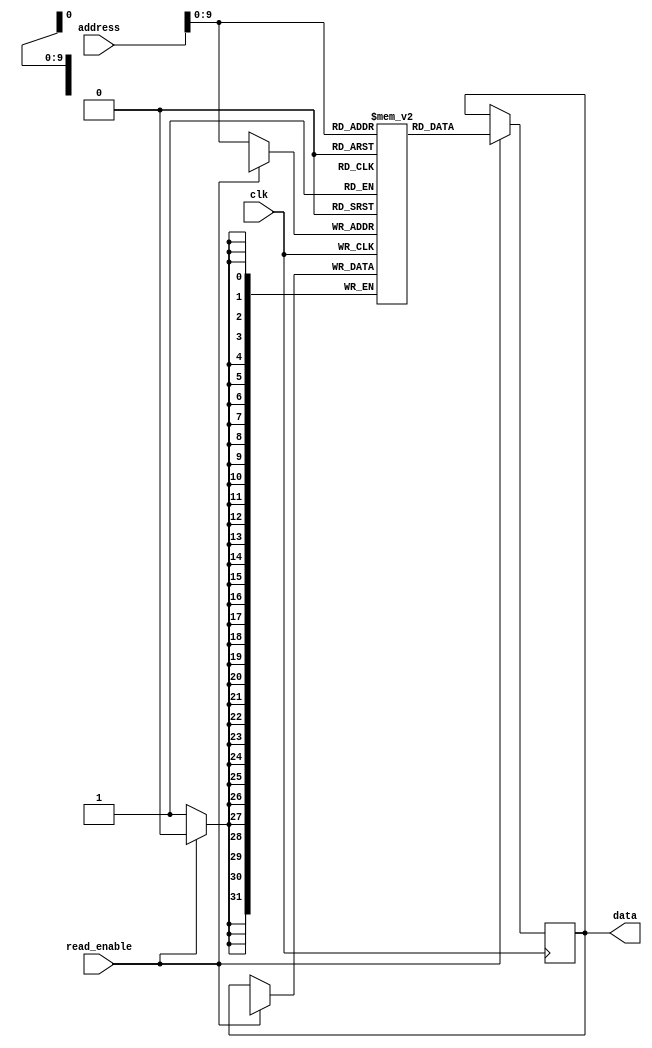
module flash_rom(
  input wire clk,
  input wire [31:0] address,
  input wire read_enable,
  output reg [31:0] data
);

// Memory blocks organization
reg [31:0] memory_blocks [0:1023]; // 1024 memory blocks, each 32 bits

// Read operation
always @ (posedge clk) begin
  if(read_enable)
    data <= memory_blocks[address];
end

// Interface for writing data
always @ (posedge clk) begin
  if(~read_enable)
    memory_blocks[address] <= data;
end

endmodule